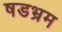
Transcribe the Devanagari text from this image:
षडभ्रम